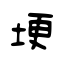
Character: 埂